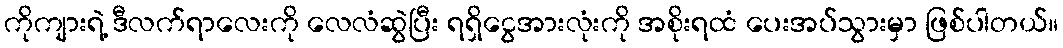
ကိုကျားရဲ့ ဒီလက်ရာလေးကို လေလံဆွဲပြီး ရရှိငွေအားလုံးကို အစိုးရထံ ပေးအပ်သွားမှာ ဖြစ်ပါတယ်။